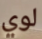
لوي